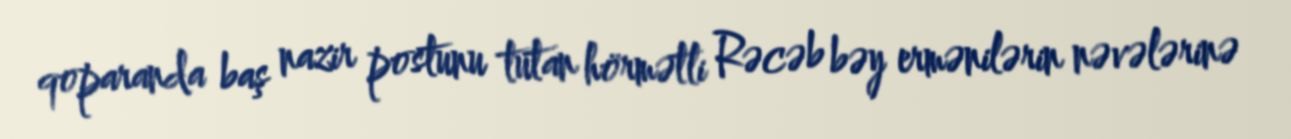
qoparanda baş nazir postunu tutan hörmətli Rəcəb bəy ermənilərin nəvələrinə